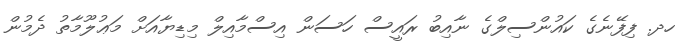
ހދ. ފިފޭނެގެ ކައުންސިލްގެ ނާއިބު ރައީސް ހަސަން އިސްމާއިލް މިޑިޔާއަށް މަޢުލޫމާތު ދެމުން